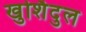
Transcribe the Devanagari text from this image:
खुर्शिदुल